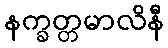
နက္ခတ္တမာလိနီ